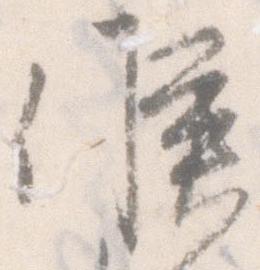
候